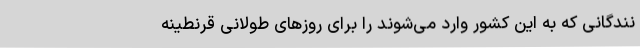
نندگانی که به این کشور وارد می‌شوند را برای روزهای طولانی قرنطینه